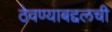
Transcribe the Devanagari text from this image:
ठेवण्याबद्दलची